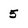
Character: 5